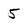
Character: 5